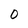
Character: 0